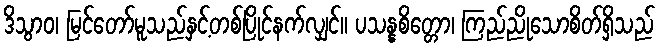
ဒိသွာဝ၊ မြင်တော်မူသည်နှင့်တစ်ပြိုင်နက်လျှင်။ ပသန္နစိတ္တော၊ ကြည်ညိုသောစိတ်ရှိသည်